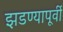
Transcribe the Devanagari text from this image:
झडण्यापूर्वी